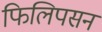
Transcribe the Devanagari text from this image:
फिलिपसन